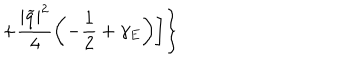
+ \frac { | \widetilde { q } | ^ { 2 } } { 4 } \left( - \frac { 1 } { 2 } + \gamma _ { E } \right) \biggr ] \biggr \}